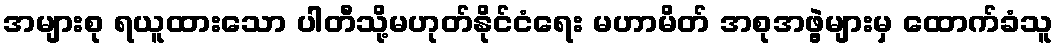
အများစု ရယူထားသော ပါတီသို့မဟုတ်နိုင်ငံရေး မဟာမိတ် အစုအဖွဲ့များမှ ထောက်ခံသူ